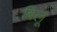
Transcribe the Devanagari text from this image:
बिलू